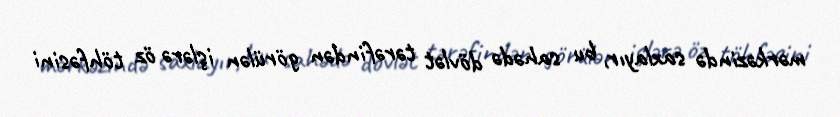
mərkəzində saxlayır, bu sahədə dövlət tərəfindən görülən işlərə öz töhfəsini